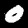
Label: 0